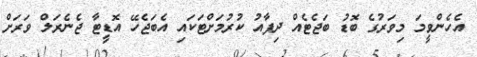
އެހެންވީމަ މިވަރުގެ ބޮޑު ބަޖެޓެއް ދިފާއު ކުރުމަށްޓަކައި އެބަޖެހޭ އޮޑީޓާ ޖެނެރަލް ވަރަށް